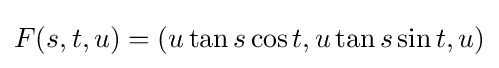
F(s,t,u)=\left(u\tan s\cos t,u\tan s\sin t,u\right)